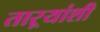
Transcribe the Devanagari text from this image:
ताऱ्यांशी